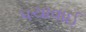
પચાવાઈ